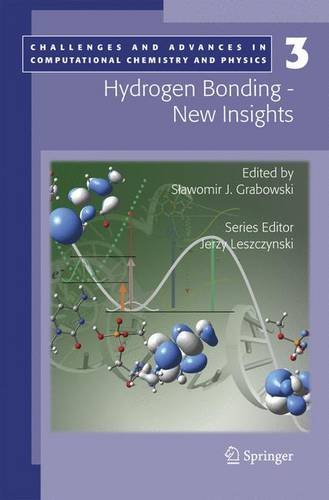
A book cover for Hydrogen Bonding - New Insights (Challenges and Advances in Computational Chemistry and Physics); Science & Math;